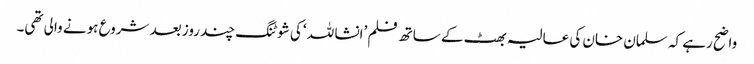
واضح رہے کہ سلمان خان کی عالیہ بھٹ کے ساتھ فلم ’انشا للہ ‘کی شوٹنگ چند روز بعد شروع ہونے والی تھی۔